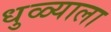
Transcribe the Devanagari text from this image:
धुळ्याला